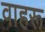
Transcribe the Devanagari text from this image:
वाहरू